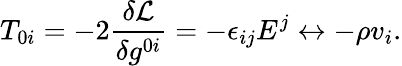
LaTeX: T_{0i}=-2\frac{\delta{\cal L}}{\delta g^{0i}}=-\epsilon_{ij}E^{j}\leftrightarrow-\rho v_{i}.